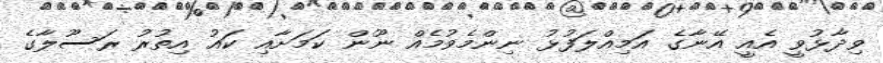
ވިދާޅުވީ އެއީ އޭނާގެ އަމިއްލަފުޅު ނިންމެވުމެއް ނޫން ކަމަށާއި ކައު އިތުރު ރަސޫލާގެ